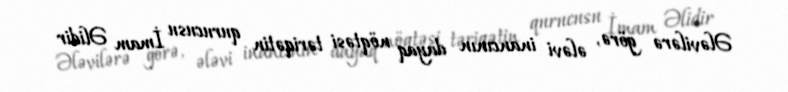
Ələvilərə görə, ələvi inancının dayaq nöqtəsi təriqətin qurucusu İmam Əlidir